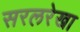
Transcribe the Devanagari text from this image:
सरलरेखा